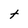
Character: t